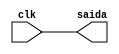
module Values(
    input clk,
    output saida
  );

  assign saida = clk;
  

endmodule

module test;

  reg clk;

  wire saida;

  Values V(clk, saida);
  always #10 clk = ~clk;
  
  initial begin
    $dumpvars(0, V);
    #10;
    clk <=  1'b0;
    #500;
    $finish;
  end
endmodule